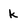
Character: k